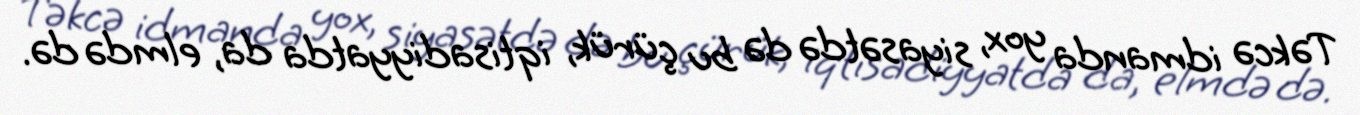
Təkcə idmanda yox, siyasətdə də bu çürük, iqtisadiyyatda da, elmdə də.